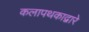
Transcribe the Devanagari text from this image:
कलापथकाद्वारे